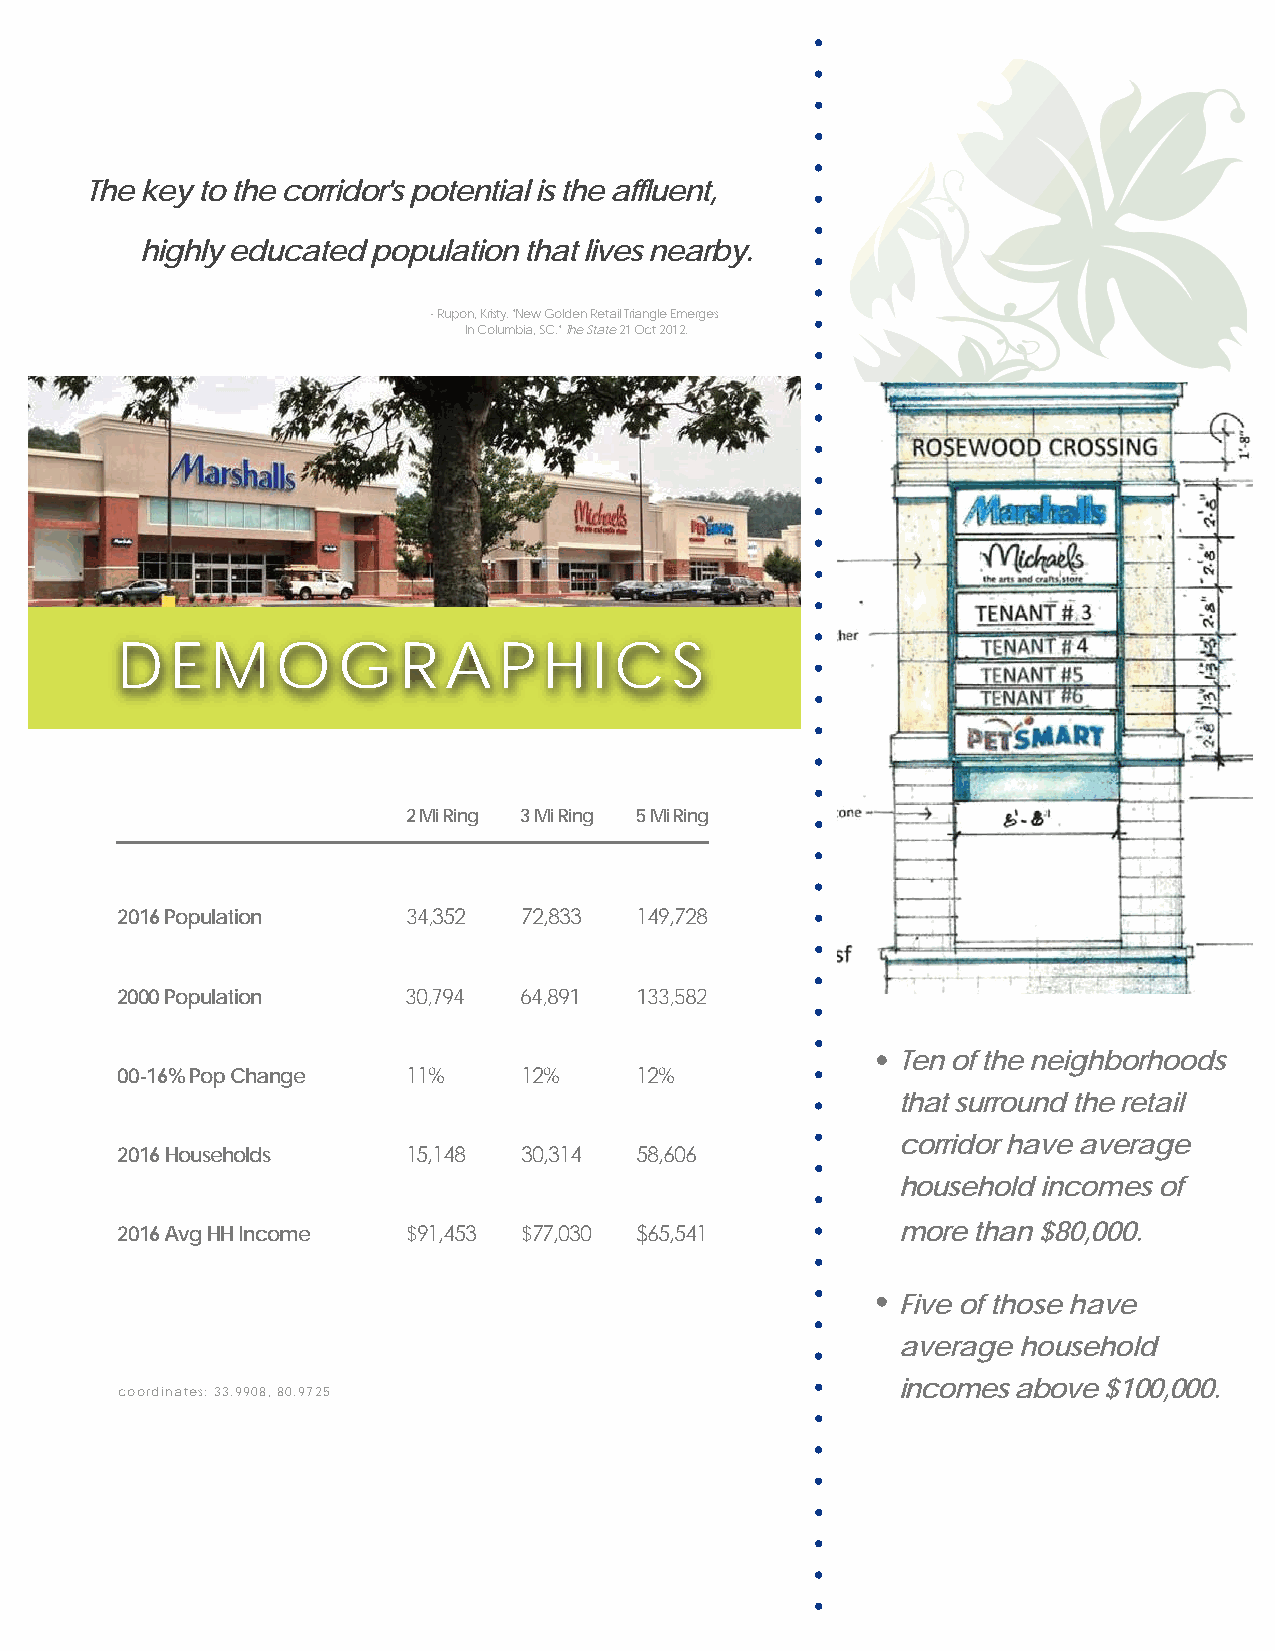
The key to the corridor's potential is the affluent,
 highly educated population that lives nearby.
 - Rupon, Kristy. "New Golden Retail Triangle Emerges
 In Columbia, SC." The State 21 Oct 2012.
 D  E  M   O   G   R  A   P  H  I C  S
 2 Mi Ring 3 Mi Ring 5 Mi Ring
 2016 Population    34,352 72,833  149,728
 2000 Population    30,794 64,891  133,582
 Ten of the neighborhoods
 00-16% Pop Change  11%    12%     12%
 that surround the retail
 corridor have average
 2016 Households    15,148 30,314  58,606
 household incomes of
 2016 Avg HH Income $91,453 $77,030 $65,541          more than $80,000.
 Five of those have
 average household
 incomes above $100,000.
 coordinates: 33.9908, 80.9725